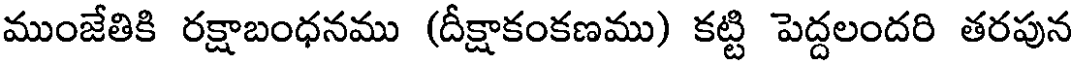
ముంజేతికి రక్షాబంధనము (దీక్షాకంకణము) కట్టి పెద్దలందరి తరపున